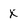
Character: x